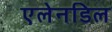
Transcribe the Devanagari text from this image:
एलेनडिल